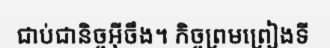
ជាប់ជានិច្ចអ៊ីចឹង។ កិច្ចព្រមព្រៀងទី